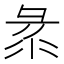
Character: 𢑛